Vital statistics of India. Vol. VI, European troops 1870-79
Year: 1870
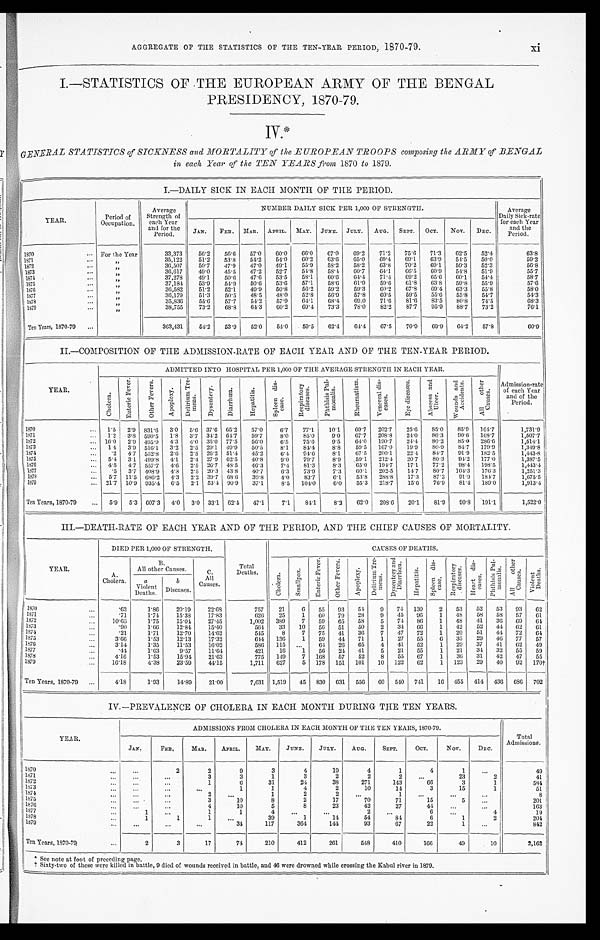
AGGREGATE OF THE STATISTICS OF THE TEN-YEAR PERIOD, 1870-79.
xi
I.—STATISTICS OF THE EUROPEAN ARMY OF THE BENGAL
PRESIDENCY, 1870-79.
GENERAL STATISTICS of SICKNESS and MORTALITY of the EUROPEAN TROOPS composing the ARMY of BENGAL
in each Year of the TEN YEARS from 1870 to 1879.
I.—DAILY SICK IN EACH MONTH OF THE PERIOD.
YEAR.
Period of
Occupation.
Average
Strength of
each Year
and for the
Period.
NUMBER DAILY SICK PER 1,000 OF STRENGTH.
Average
Daily Sick-rate
for each Year
and the
Period.
JAN.
F E B . MAR.
APRIL.
MAY.
JUNE.
JULY.
AUG.
SEPT.
OCT.
Nov.
DEC.
1870
... For the Year
33,373
56.2
5 6 . 6
57.0
60.0
66.0
67.0
6 9 . 2
7 1 . 2
75.6
71.3
62.5
52.4
63.8
1871 ...
, ,
35,122
51.2
53.8
54.2
54.0
60.2
63.6
65.0
69.4
69.1
63.9
54.5
50.0
59.2
1872
...
„
36,507
50.7
47.9
47.0
49.1
55.9
58.2
58.2
63.8
70.2
69.1
59.3
52.3
56.8
1873
...
„
36,617
49.0
45.5
47.2
52.7
54.8
5 8 . 4
6 0 . 7
6 4 . 1
66.5
60.9
5 4 . 8
51.9
55.7
1874 ...
„
37,278
49.1
50.6
47.6
53.5
58.1
60.6
64.4
71.4
69.2
65.6
60.1
54.4
58.7
1875 ...
, ,
37,184
53.9
54.9
50.6
53.6
57.1
58.6
6 1 . 9
5 9 . 6
6 1 . 8
63.8
59.8
55.9
57.6
1876 ...
,,
36,582
51.2
52.1
49.9
50.8
56.2
59.2
59.3
60.2
67.8
6 9 . 4
63.3
55.8
58.0
1877 ...
, ,
36,179
51.3
5 0 . 5
48.5
48.0
52.8
56.9
57.8
6 0 . 5
59.5
55.6
55.8
54.7
54.3
1878
...
, ,
35,836
55.6
57.7
54.2
57.9
64.1
68.4
69.0
71.6
81.6
83.5
80.8
74.5
68.3
1879 ...
,,
38,755
73.2
68.8
64.3
60.2
69.4
73.3
78.0
82.2
87.7
9 5 . 9
88.7
73.2
76.1
Ten Years, 1870-79
...
363,431
5 4 . 2
53.9
52.0
54.0
59.5
62.4
64.4
67.5
70.9
69.9
64.2
57.8
6 0 . 9
II.—COMPOSITION OF THE ADMISSION-RATE OF EACH YEAR AND OF THE TEN-YEAR PERIOD.
YEAR.
ADMITTED INTO HOSPITAL PER 1,000 OF THE AVERAGE STRENGTH IN EACH YEAR.
Admission-rate
of each Year
and of the
Period.
C h o l e r a .
E n t e r i c F e v e r .
O t h e r F e v e r s .
A p o p l e x y . D e l i r i u m T r e - m e n s .
D y s e n t e r y .
D i a r h œ a .
H e p a t i t i s .
S p l e e n d i s - e a s e .
R e s p i r a t o r y d i s e a s e s .
P h t h i s i s P u l - m o n a l i s .
R h e u m a t i s m .
V e n e r e a l d i s - e a s e s .
E y e d i s e a s e s . A b s c e s s a n d U l c e r .
W o u n d s a n d A c c i d e n t s .
A l l o t h e r C a u s e s .
1870 ...
1.5
2.9 831.6
3.0
5.6 37.6 65.2
57.0
6.7 77.1
10.1
69.7
202.7
25.6
8 5 . 0
85.9
164.7
1,731.9
1871
...
1.2
3.8
5 9 0 . 5 l.8
3 . 7 34.2 64.7
59.7
8 . 0
85.0
9 . 0
67.7
208.8
24.0
86.3
9 0 . 6 168.7
1,507.7
1872
... 16.0
2.9 495.9
4.3
4 . 0 35.0 77.5
56.0
6 . 5
7 5 . 6
9.5
6 4 . 0
190.7
2 4 . 4
80.2
85.0
286.6
1,514.1
1873
...
1.4 3.9 516.1
3.2
2.5 29.1 49.9
50.5
8 . 1
8 4 . 4
8.8
59.5
167.0
19.9
80.9
84.7
179.9
1,349.8
1874
.2
4.7 552.8
2.6
2.5 26.2 51.4
45.2
6.4
94.6
8.1
67.5
200.1
2 2 . 4
8 4 . 7
9 1 . 9 182.5
1 , 4 4 3 . 8
1875
...
5 . 4 3.1 499.8
4.1
2 . 4 27.9 62.5
40.8
9 . 0 79.7
8.9
59.1
212.4
20.7
80.3
94.2
177.0
1,387.5
1876
...
4.5
4.7 557.7
4.6
2.5
26.7 48.5
46.3
7 . 4
81.3
8.3
65.0
194.7
17.1
77.2
98.4
198.5
1,443.4
1877 ...
.5
3.7 408.9
4.3 2.5 20.3 43.8
4 0 . 7
6.3
73.9
7.3
60.1
202.5
14.7
80.7
104.3
176.3
1,251.3
1878 ...
5.7 11.5
6 8 6 . 2 4.3 2.2 39.7 68.6
39.8
4.0
83.7
6.1
53.8
288.8
17.3
87.2
9 1 . 9 184.7
1,675.5
1879 ...
21.7 10.9 935.4
6.5
2.1 53.4 90.9
37.1
8.5
104.0
6.0
55.3
218.7
15.6
76.9
81.4
189.0
1,913.4
Ten Years, 1870-79
...
5.9
5.3 607.3
4.0
3 . 0 33.1 62.4
47.1
7.1
84.1
8.2
62.0
208.6
2 0 . 1
81.9
90.8
191.1
1,522.0
III.—DEATH-RATE OF EACH YEAR AND OF THE PERIOD, AND THE CHIEF CAUSES OF MORTALITY.
YEAR.
DIED PER 1,000 OF STRENGTH.
Total
Deaths.
CAUSES OF DEATHS.
A .
Cholera.
B.
All other Causes.
C.
All
Causes.
C h o l e r a .
s m a l l p o x .
E n t e r i c F e v e r .
O t h e r F e v e r s .
A p o p l e x y .
D e l i r i u m T r e - m e n s .
D y s e n t e r y a n d D i a r r h œ a . H e p a t i t i s .
S p l e e n d i s - e a s e .
R e s p i r a t o r y d i s e a s e s .
H e a r t d i s - e a s e s .
P h t h i s i s P u l - m o n a l i s . A l l o t h e r C a u s e s .
V i o l e n t D e a t h s .
a
Violent
Deaths.
b
Diseases.
1870
...
.63
1.86
20.19
22.68
757
21
6
55
93
54
9
74
130
2
53
52
53
93
62
1871 ...
.71
1.74
15.38
17.83
626
25
1
60
79
28
9
45
96
1
48
58
58
57
61
1872
...
10.66
1.75
1 5 . 0 4
27.45
1,002
389
7
59
65
58
5
74
86
1
48
41
36
69
64
1873
...
.90
1.66
1 2 . 8 4
1 5 . 4 0
564
33
10
56
51
50
2
34
6 6
1
42
52
44
62
61
1874
...
.21
1.71
12.70
14.62
545
8
7
75
41
36
7
47
72
1
20
51
44
72
64
1875 ...
3 . 6 6
1.53
12.13
17.32
644
136
1 59
44
71
1
27
55
6
35
29
4 6 77
57
1876
...
3.14
1.35
11.53
1 6 . 0 2
586
115
...
64
26
65
4
41
52
1
29
37
41
62
49
1877 ...
. 4 4
1 . 6 3
9.57
11.64
421
16
1 56
24
41
5
21
55
1
21
34
32
55
59
1878 ...
4.16
1.53
15.94
21.63
775
149
7
168
57
52
8
55
67
1
36
31
42
47
55
1879 . . .
16.18
4.38
23.59
44.15
1,711
627
5
178
151
101
10 122
62
1 123
29 40
92
1 7 0 †
Ten Years, 1870-79
...
4.18
1.93
14.89
21.00
7,631 1,519
45
830
631
556
6 0 540
741
16
455
414
436
6 8 6 702
IV. —PREVALENCE OF CHOLERA IN EACH MONTH DURING THE TEN YEARS.
Y E A R .
ADMISSIONS FROM CHOLERA IN EACH MONTH OF THE TEN YEARS, 1870-79.
Total
Admissions.
JAN.
FEB.
M A R .
APRIL.
MAY.
JUNE.
JULY.
AUG.
SEPT.
OCT.
Nov.
DEC.
1870 ...
...
2
2
9
3
4
19
4
1
4
1
. . .
49
1 8 7 1 . . .
. . .
. . .
3
3
1
3
2
2
2
. . .
23
2
41
1872 ...
...
. . .
1
6
31
24
38
271
143
66
3
1
584
1873 ...
...
. . .
. . .
1
1
4
2
10
14
3
15
1
51
1 8 7 4 . . .
. . .
. . .
2
. . .
1
2
2
. . .
1
. . .
. . .
. . .
8
1875 ...
. . .
...
3
10
8
2
17
70
71
15
5
...
201
1876
...
. . .
...
4
10
5
8
23
42
27
44
...
...
163
1 8 7 7 . . .
1
. . .
1
1
4
. . .
. . .
2
. . .
6
. . .
4
19
1878
...
1
1
1
...
39
1
14
54
84
6
1
2
204
1879
...
...
. ..
...
34
117
364
144
93
67
22
1
...
842
Ten Years, 1870-79 ...
2
3
17
74
210
412
261
548
410
166
49
10
2,162
* See note at foot of preceding page.
† Sixty-two of these were killed in battle, 9 died of wounds received in battle, and 46 were drowned while crossing the Kabul river in 1879.